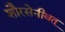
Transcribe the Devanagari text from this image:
शौरसेनीवत्